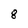
Character: 8